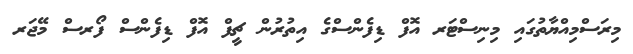
މިރަސްމިއްޔާތުގައި މިނިސްޓަރ އޮފް ޑިފެންސްގެ އިތުރުން ޗީފް އޮފް ޑިފެންސް ފޯރސް މޭޖަރ